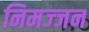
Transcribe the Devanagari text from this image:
निमज्‍जन